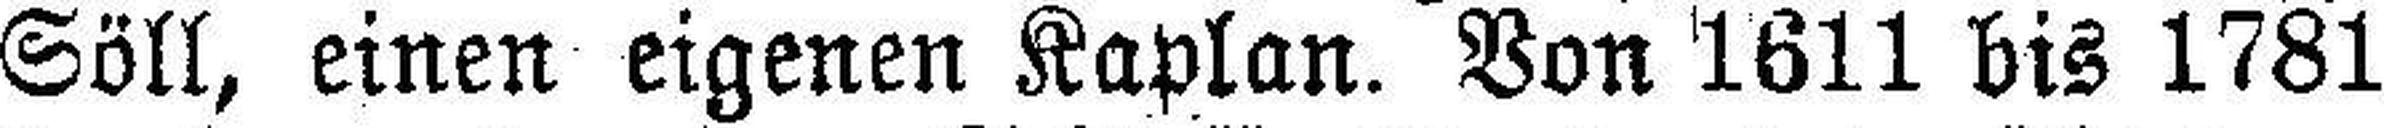
Söll, einen eigenen Kaplan. Von 1611 bis 1781